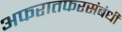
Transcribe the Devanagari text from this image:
अफरातफरसंबंधी